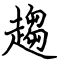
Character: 趨